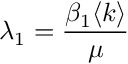
\lambda _ { 1 } = \frac { \beta _ { 1 } \langle k \rangle } { \mu }